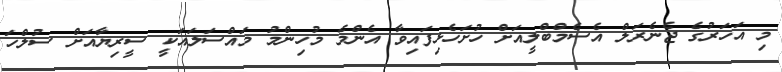
މި އަހަރުގެ ޖެނެރަލް އެސެމްބްލީއަށް ހުށަހެޅިފައިވާ އެންމެ މުހިންމު މައްސަލައަކީ ސީރިޔާއަށް ސުލްހަ